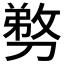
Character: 𭄍